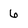
Character: 6